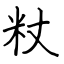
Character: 粀